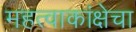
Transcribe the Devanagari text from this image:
महत्वाकांक्षेचा